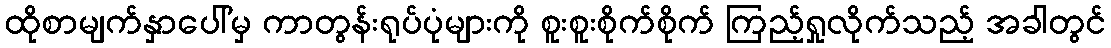
ထိုစာမျက်နှာပေါ်မှ ကာတွန်းရုပ်ပုံများကို စူးစူးစိုက်စိုက် ကြည့်ရှုလိုက်သည့် အခါတွင်